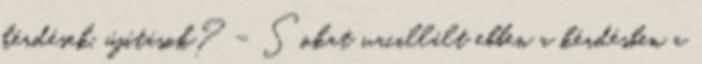
kérdések, újítások? – Sokat vacillált ebben a kérdésben a